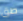
طق